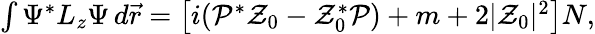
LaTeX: \begin{array}{r}{\int\Psi^{*}L_{z}\Psi\, d{\vec{r}}=\left[i(\mathcal{P}^{*}\mathcal{Z}_{0}-\mathcal{Z}_{0}^{*}\mathcal{P})+m+2|\mathcal{Z}_{0}|^{2}\right]N,}\end{array}